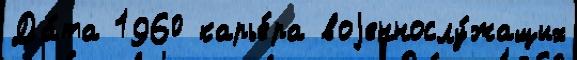
Да́та 1960 карье́ра воjеннослу́жащих